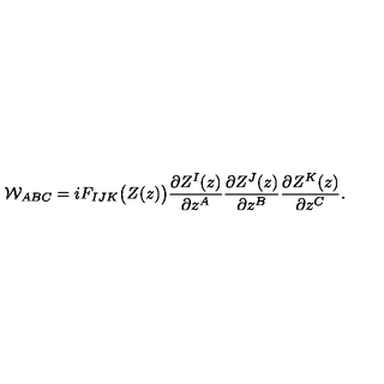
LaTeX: { \cal W } _ { A B C } = i F _ { I J K } \big ( Z ( z ) \big ) { \frac { \partial Z ^ { I } ( z ) } { \partial z ^ { A } } } { \frac { \partial Z ^ { J } ( z ) } { \partial z ^ { B } } } { \frac { \partial Z ^ { K } ( z ) } { \partial z ^ { C } } } .